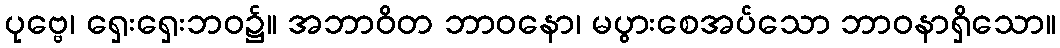
ပုဗ္ဗေ၊ ရှေးရှေးဘဝ၌။ အဘာဝိတ ဘာဝနော၊ မပွားစေအပ်သော ဘာဝနာရှိသော။